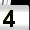
Digit: 4